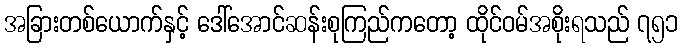
အခြားတစ်ယောက်နှင့် ဒေါ်အောင်ဆန်းစုကြည်ကတော့ ထိုင်ဝမ်အစိုးရသည် ၇၅၁